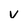
Character: v